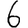
Digit: 6